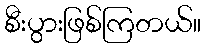
စီးပွားဖြစ်ကြတယ်။